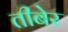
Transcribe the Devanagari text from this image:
तीबेर